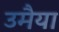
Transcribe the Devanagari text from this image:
उमैया